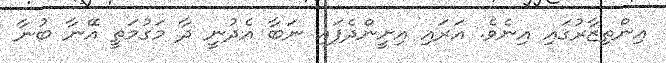
އިންތިޒާރުގައި އިނެވެ. އަރައި އިށީންދެފައި ނަބާ އެދުނީ ދާ މަގުމަތީ އޭނާ ބުނާ